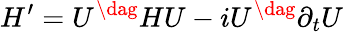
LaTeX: H^{\prime}=U^{\dag}HU-iU^{\dag}\partial_{t}U